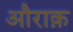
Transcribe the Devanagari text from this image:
औराक़